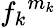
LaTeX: {f_{k}}^{m_{k}}